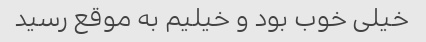
خیلی خوب بود و خیلیم به موقع رسید